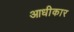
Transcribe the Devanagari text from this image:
आधीकार